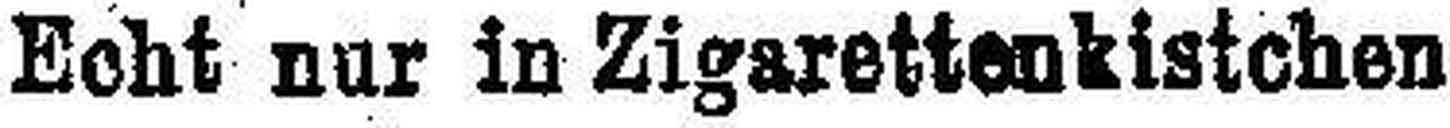
Echt nur in Zigarettenkistchen